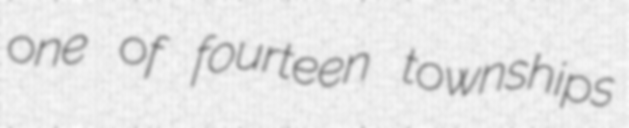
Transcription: one of fourteen townships